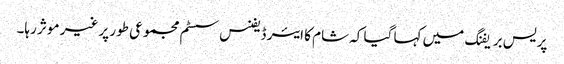
پریس بریفنگ میں کہا گیا کہ شام کا ایئر ڈیفنس سسٹم مجموعی طور پر غیر موثر رہا۔